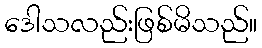
ဒေါသလည်းဖြစ်မိသည်။